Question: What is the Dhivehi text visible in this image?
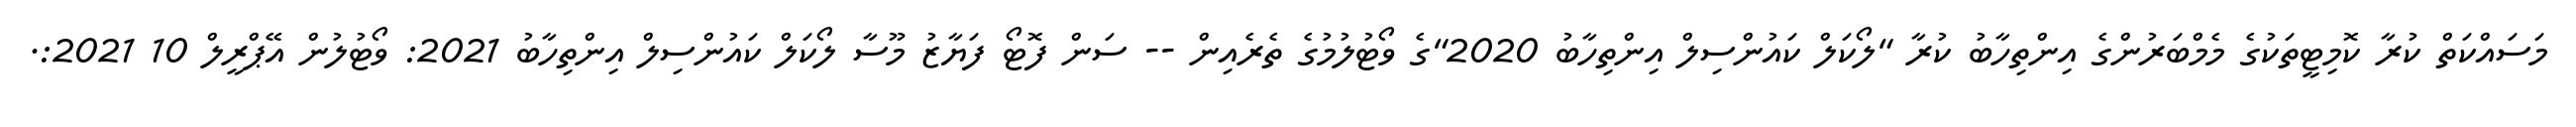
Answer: މަސައްކަތް ކުރާ ކޮމިޓީތަކުގެ މެމްބަރުންގެ އިންތިހާބު ކުރާ "ލޯކަލް ކައުންސިލް އިންތިހާބު 2020"ގެ ވޯޓުލުމުގެ ތެރެއިން -- ސަން ފޮޓޯ ފަޔާޒު މޫސާ ލޯކަލް ކައުންސިލް އިންތިހާބު 2021: ވޯޓުލުން އޭޕްރީލް 10 2021:.